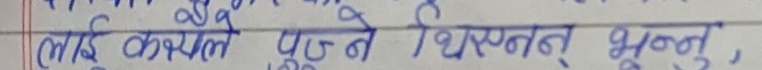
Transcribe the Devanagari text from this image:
लाई कहिले पुज्ने थिस्पत् भन्नु,